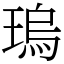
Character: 瑦